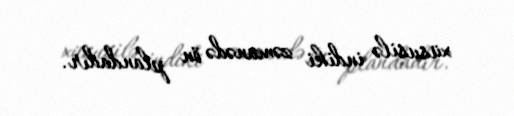
xüsusilə indiki zəmanədə ön plandadır.